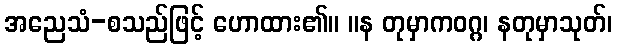
အညေသံ-စသည်ဖြင့် ဟောထား၏။ ။န တုမှာကဝဂ္ဂ၊ နတုမှာသုတ်၊